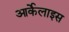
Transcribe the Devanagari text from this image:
आर्केलाइस